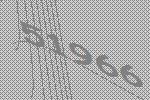
51966